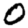
Digit: 0